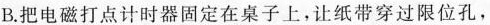
B.把电磁打点计时器固定在桌子上，让纸带穿过限位孔，